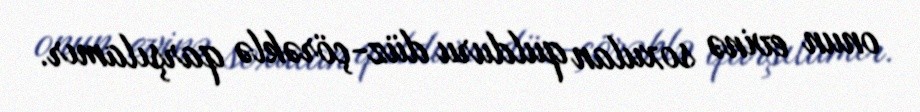
onun evinə soxulan qulduru düz-çörəklə qarşılamır.